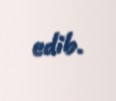
edib.